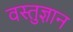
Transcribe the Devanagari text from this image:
वस्तुज्ञान